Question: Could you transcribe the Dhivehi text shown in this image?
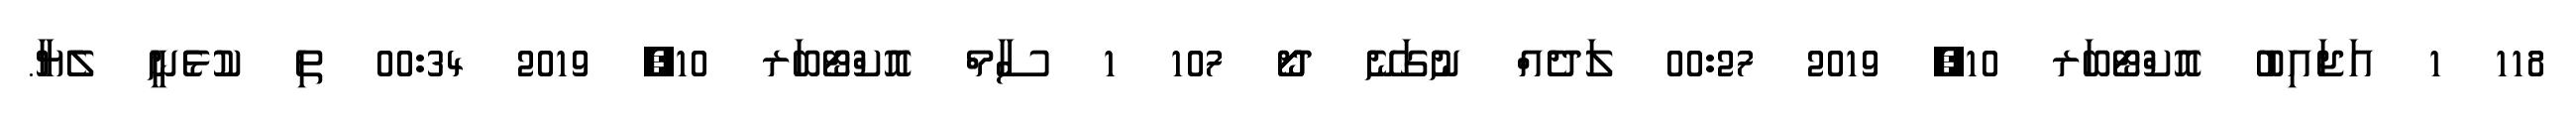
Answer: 118 1 އަޖައިބު އޮކްޓޯބަރ 10, 2019 00:27 ލަދެއް ނުގަނޭ ދޯޯ 107 1 ސާމް އޮކްޓޯބަރ 10, 2019 00:34 ތި ކުޅެނީ ލެޔާ.